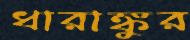
ধারাঙ্কুর